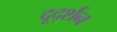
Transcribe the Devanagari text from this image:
दूर्द्शन